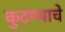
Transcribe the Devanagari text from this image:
कुटण्याचे